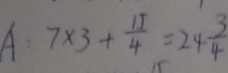
A : 7 \times 3 + \frac { 1 5 } { 4 } = 2 4 \frac { 3 } { 4 }